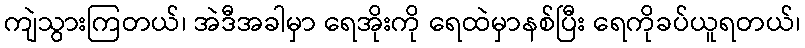
ကျဲသွားကြတယ်၊ အဲဒီအခါမှာ ရေအိုးကို ရေထဲမှာနစ်ပြီး ရေကိုခပ်ယူရတယ်၊